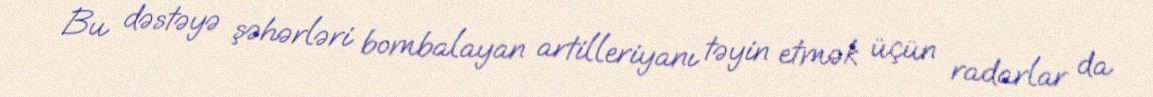
Bu dəstəyə şəhərləri bombalayan artilleriyanı təyin etmək üçün radarlar da